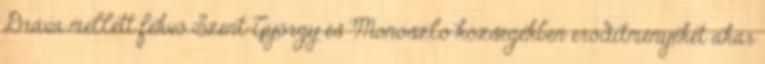
Dráva mellett fekvő Szent-György és Monoszló községekben erődítményeket akar